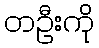
တဦးကို